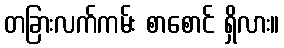
တခြားလက်ကမ်း စာစောင် ရှိလား။